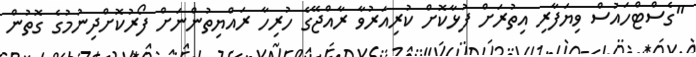
"ގެސްޓްހައުސް ވިޔަފާރި އިތުރަށް ފުޅާކޮށް ކުރިއަރުވާ ރާއްޖޭގެ ހުރިހާ ރައްޔިތުންނަށް ފޯރުކޮށްދިނުމުގެ ގޮތުން